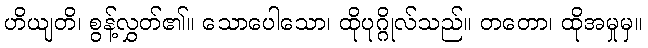
ဟိယျတိ၊ စွန့်လွှတ်၏။ သောပေါသော၊ ထိုပုဂ္ဂိုလ်သည်။ တတော၊ ထိုအမှုမှ။